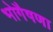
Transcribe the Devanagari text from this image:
भोगैषणा